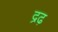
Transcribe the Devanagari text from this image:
द्रढ़